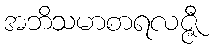
အဘိသမာစာရလဇ္ဇီ